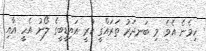
ހިމެނެ އެވެ. މި ބަނދަރު ތަރައްގީ ކުރީ އައިޑީބީގެ ލޯނު އެހީ އާއި